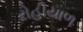
રોહીયાળ